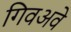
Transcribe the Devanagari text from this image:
गिवअवे